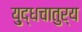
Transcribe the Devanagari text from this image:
यु्द्धचातुर्य